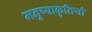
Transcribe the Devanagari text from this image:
मनुष्याकृतियाँ